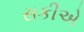
સકીએ